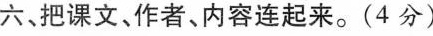
六、把课文、作者、内容连起来。(4分)